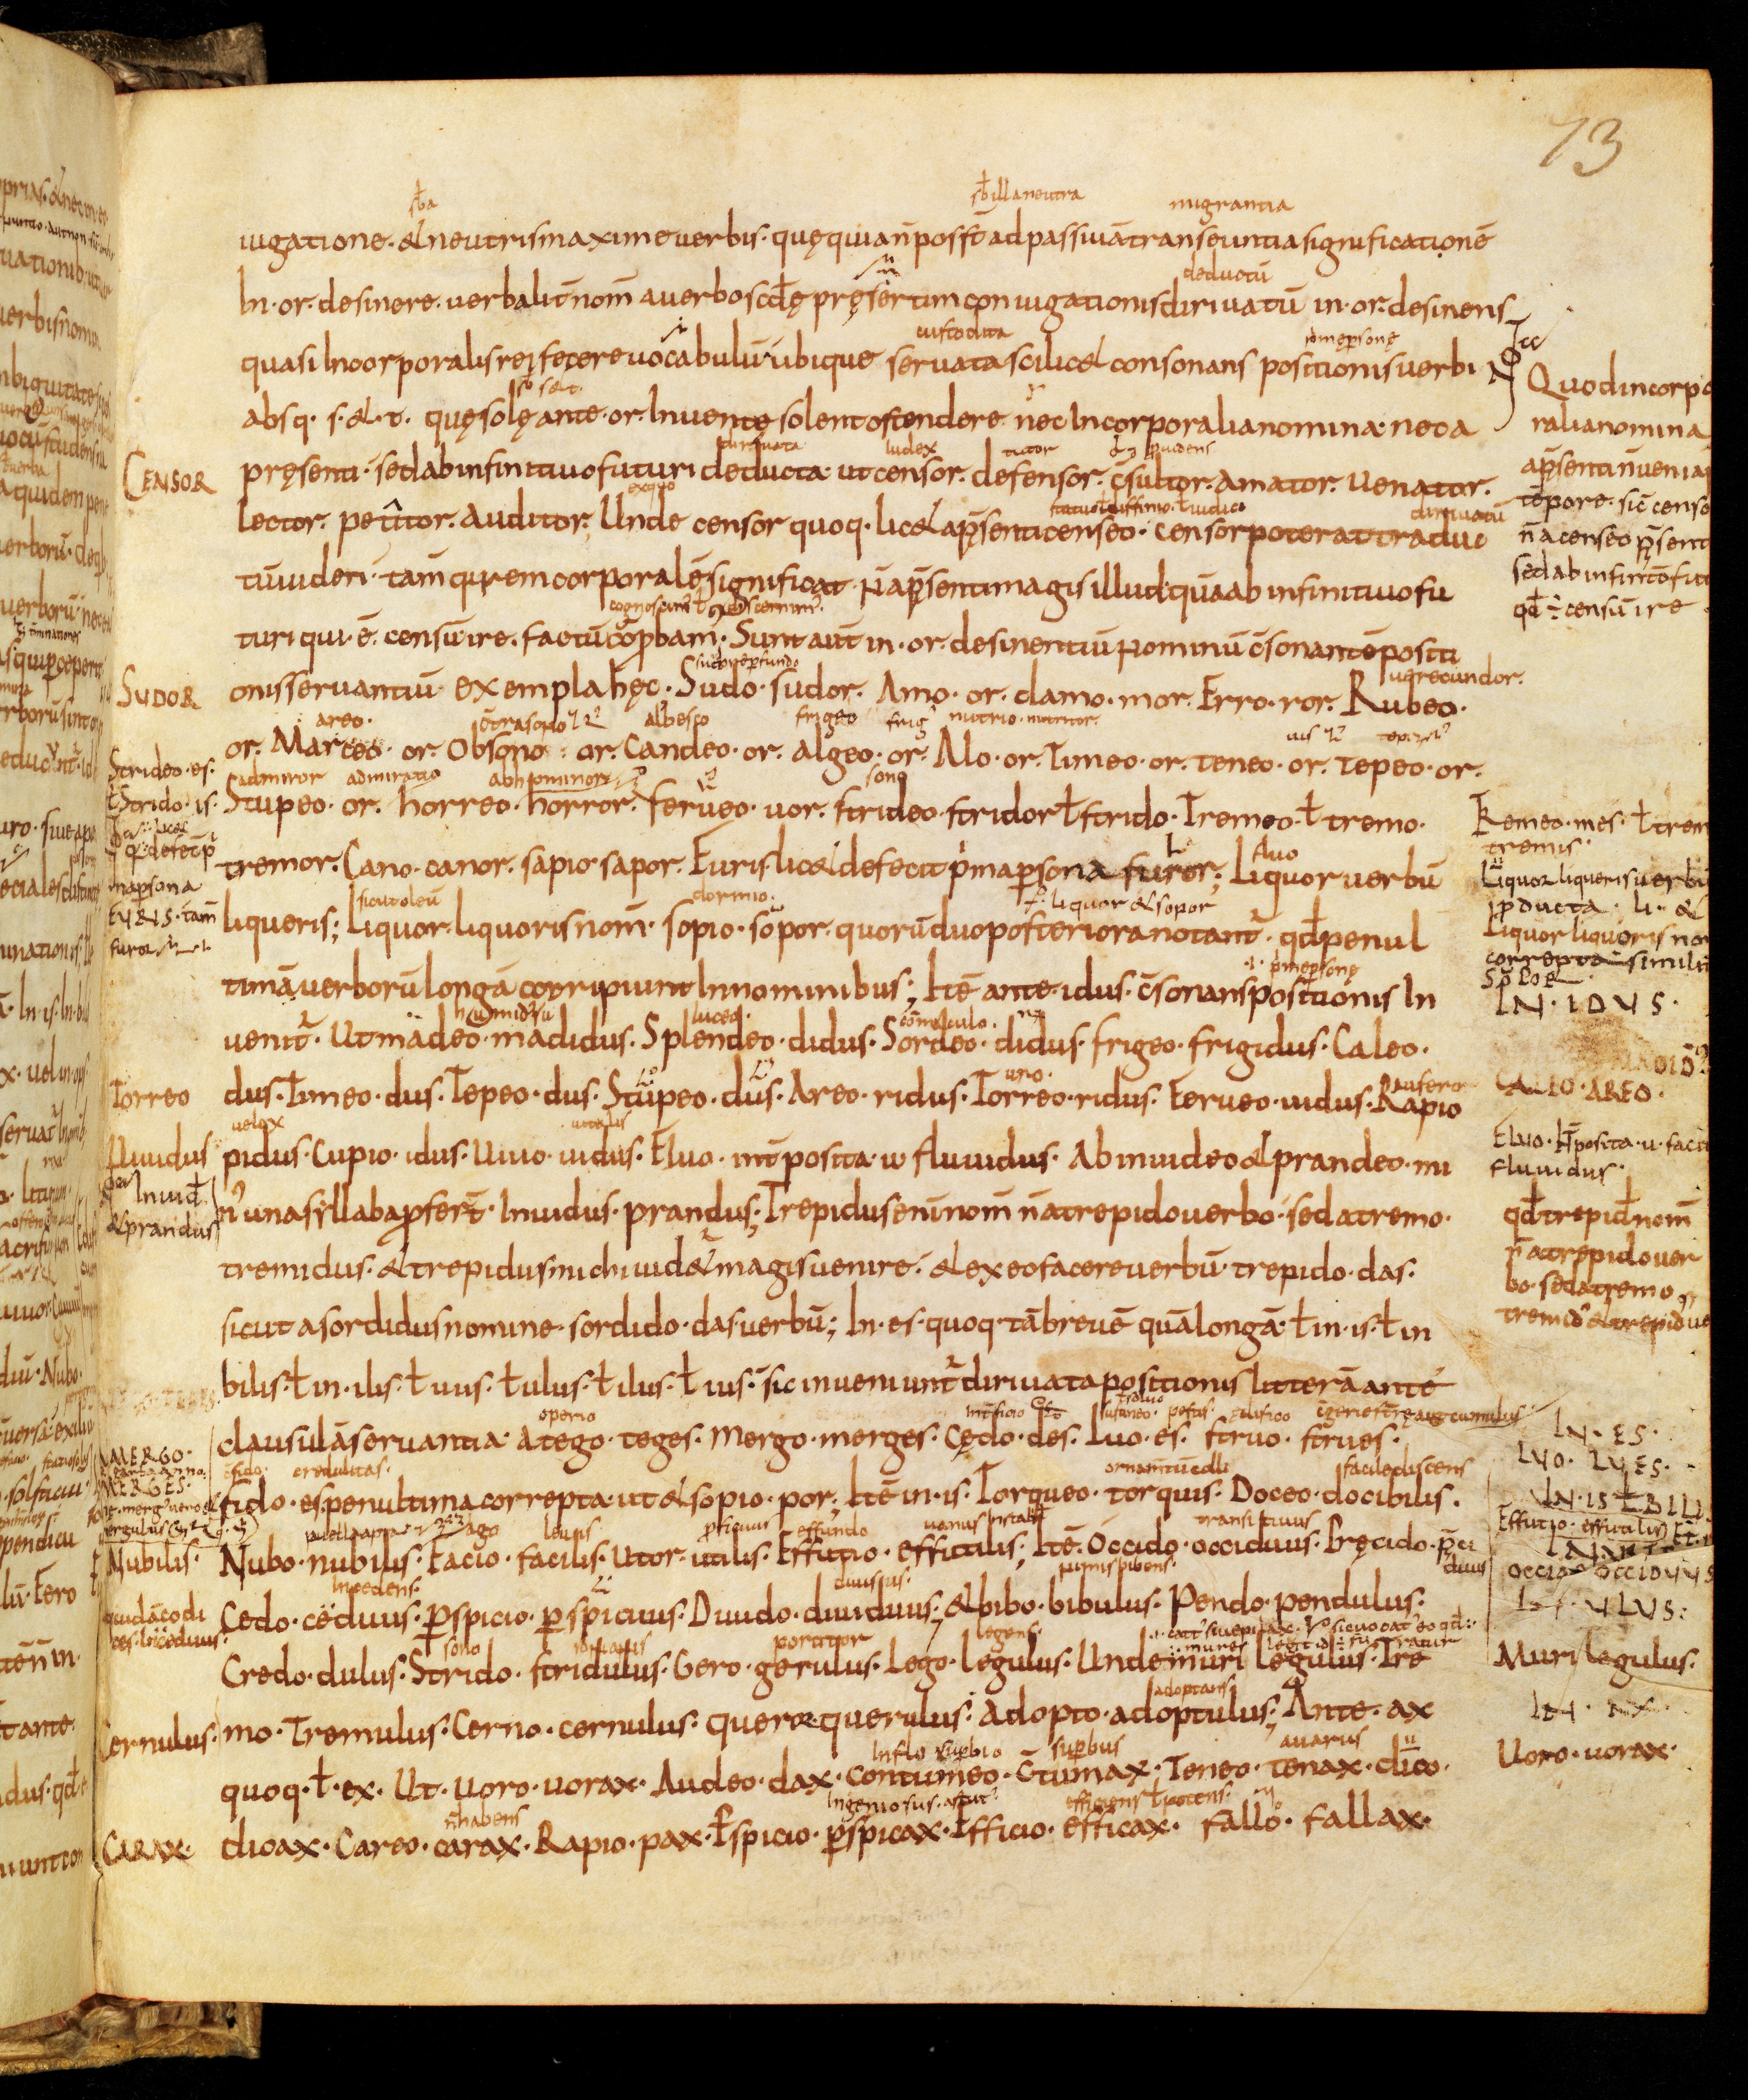
Shelfmark: Bamberg, Staatsbibliothek, MS Class. 30
Century: 9